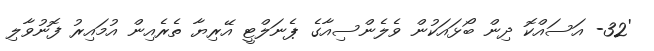
'32- އަސައްކޮ ދިން ބޯޅައަކުން ވެލެންސިއާގެ ޕެނަލްޓީ އޭރިޔާ ތެރެއިން އުމައިރު ފޮނުވާލި